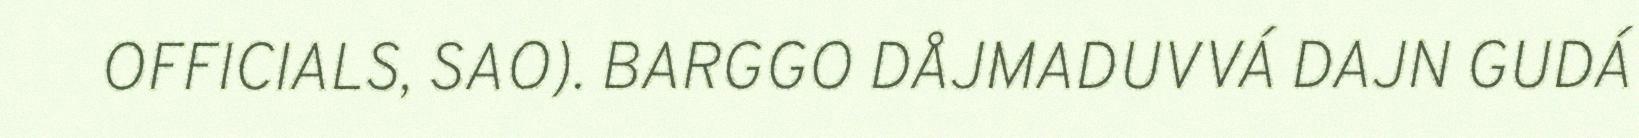
OFFICIALS, SAO). BARGGO DÅJMADUVVÁ DAJN GUDÁ